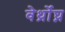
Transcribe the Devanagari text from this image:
वेर्थ्रोघ्न